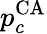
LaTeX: p_{c}^{\mathrm{CA}}